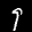
Label: 9